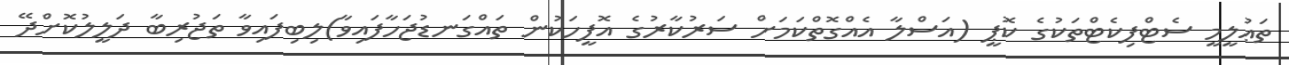
ތަޢުލީމީ ސެޓްފިކެޓްތަކުގެ ކޮޕީ (އަސްލާ އެއްގޮތްކަމަށް ސަރުކާރުގެ އޮފީހަކުން ތައްގަނޑުޖަހާފައިވާ)ލިބިފައިވާ ތަޖުރިބާ ދަލީލުކޮށްދޭ